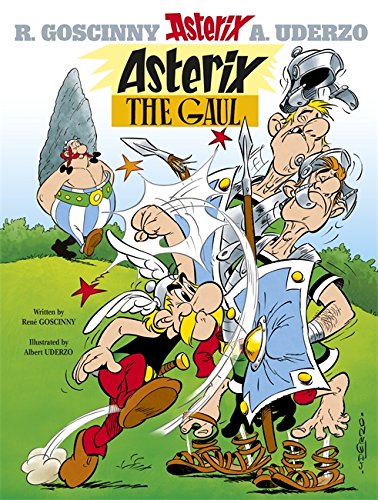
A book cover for Asterix the Gaul: Album #1 (Asterix (Orion Hardcover)); Rene Goscinny; Comics & Graphic Novels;